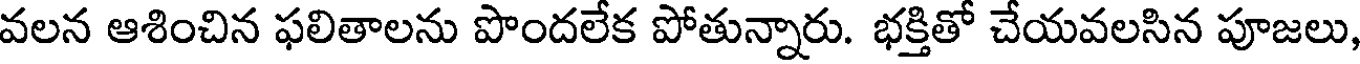
వలన ఆశించిన ఫలితాలను పొందలేక పోతున్నారు. భక్తితో చేయవలసిన పూజలు,